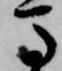
馬